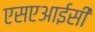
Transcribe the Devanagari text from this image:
एसएआईसी